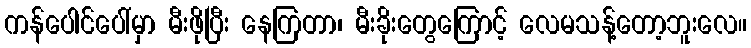
ကန်ပေါင်ပေါ်မှာ မီးဖိုပြီး နေကြတာ၊ မီးခိုးတွေကြောင့် လေမသန့်တော့ဘူးလေ။